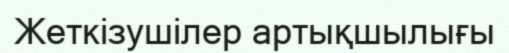
Жеткізушілер артықшылығы